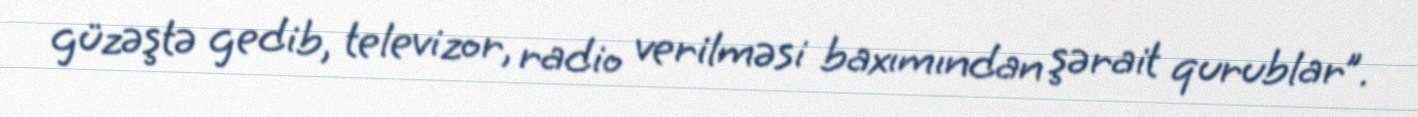
güzəştə gedib, televizor, radio verilməsi baxımından şərait qurublar”.